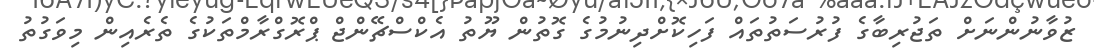
ޒުވާނުންނަށް ތަޖުރިބާގެ ފުރުސަތުތައް ފަހިކޮށްދިނުމުގެ ގޮތުން ޔޫތު އެކްސްޗޭންޖް ޕްރޮގްރާމްތަކުގެ ތެރެއިން މިވަގުތު